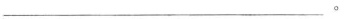
___。